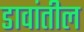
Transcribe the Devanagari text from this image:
डावांतील